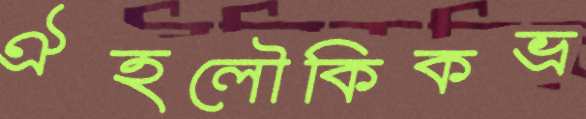
ঐহলৌকিকভ্র